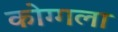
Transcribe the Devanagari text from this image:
कोग्गला